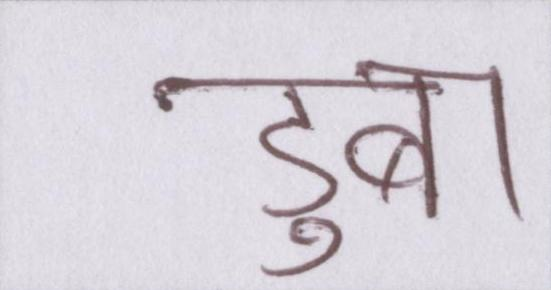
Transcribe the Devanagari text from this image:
डुबा